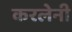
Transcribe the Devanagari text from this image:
करलेनी